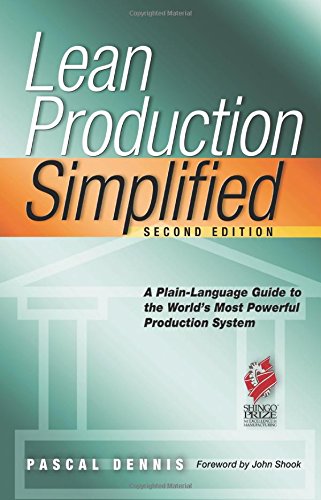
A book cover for Lean Production Simplified; Pascal Dennis; Business & Money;